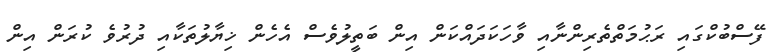
ފޭސްބުކްގައި ރަޙުމަތްތެރިންނާއި ވާހަކަދައްކަން އިން ބަތީލުވެސް އެހެން ޚިޔާލުތަކާއި ދުރުވެ ކުރަން އިން